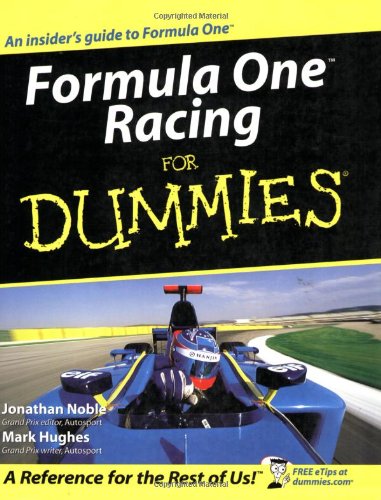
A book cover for Formula One Racing for Dummies; Jonathan Noble; Sports & Outdoors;